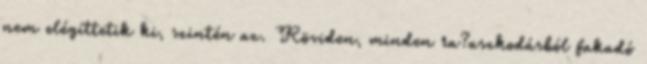
nem elégíttetik ki, szintén az. Röviden, minden ra?aszkodásból fakadó